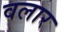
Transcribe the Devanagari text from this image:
वलार